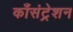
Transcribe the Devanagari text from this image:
काँसंट्रेशन